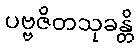
ပဗ္ဗဇိတသုခန္တိ